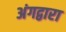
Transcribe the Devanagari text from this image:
अंगद्वारा